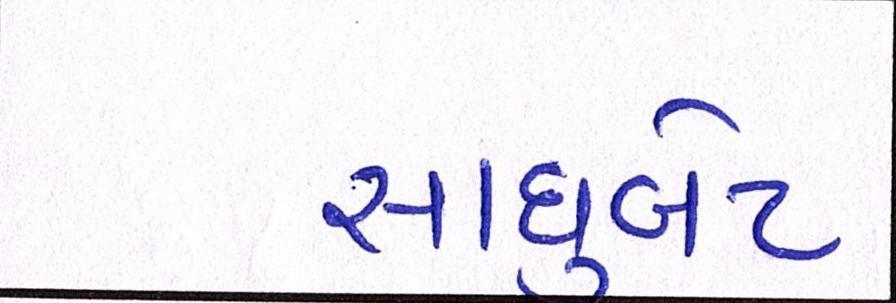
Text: સાધુબેટ